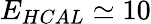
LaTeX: E_{HCAL}\simeq 10